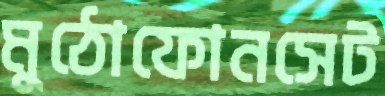
মুঠোফোনসেট